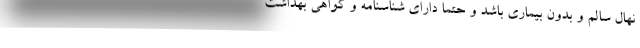
نهال سالم و بدون بیماری باشد و حتما دارای شناسنامه و گواهی بهداشت